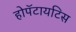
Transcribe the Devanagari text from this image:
होपॅटायटिस